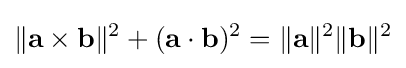
\|\mathbf {a} \times \mathbf {b} \|^{2}+(\mathbf {a} \cdot \mathbf {b} )^{2}=\|\mathbf {a} \|^{2}\|\mathbf {b} \|^{2}